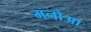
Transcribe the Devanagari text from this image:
मनोआ